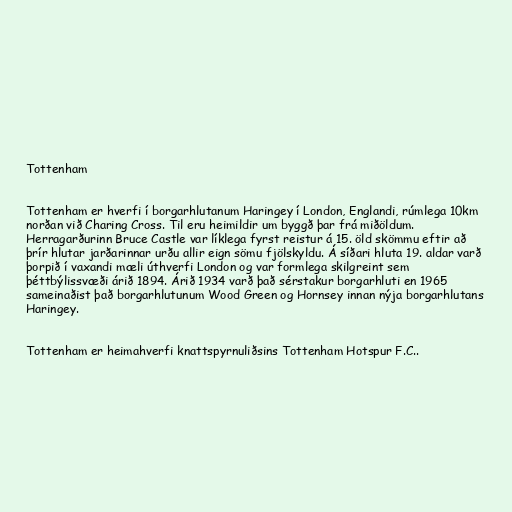
Tottenham

Tottenham er hverfi í borgarhlutanum Haringey í London, Englandi, rúmlega 10km
norðan við Charing Cross. Til eru heimildir um byggð þar frá miðöldum.
Herragarðurinn Bruce Castle var líklega fyrst reistur á 15. öld skömmu eftir að
þrír hlutar jarðarinnar urðu allir eign sömu fjölskyldu. Á síðari hluta 19. aldar varð
þorpið í vaxandi mæli úthverfi London og var formlega skilgreint sem
þéttbýlissvæði árið 1894. Árið 1934 varð það sérstakur borgarhluti en 1965
sameinaðist það borgarhlutunum Wood Green og Hornsey innan nýja borgarhlutans
Haringey.

Tottenham er heimahverfi knattspyrnuliðsins Tottenham Hotspur F.C..